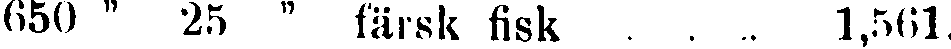
650 " 25 " färsk fisk 1,561.